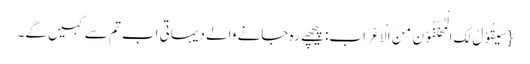
{سَیَقُوْلُ لَکَ الْمُخَلَّفُوْنَ مِنَ الْاَعْرَابِ: پیچھے رہ جانے والے دیہاتی اب تم سے کہیں گے۔